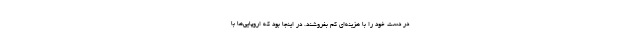
در دست خود را با هزینه‌ای کم بفروشند. در اینجا بود که اروپایی‌ها با